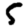
Digit: 5